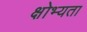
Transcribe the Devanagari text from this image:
क्षोभ्यता